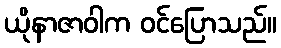
ယိုနာဇာဝါက ဝင်ပြောသည်။